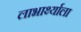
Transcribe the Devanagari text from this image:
लाभार्थ्याला